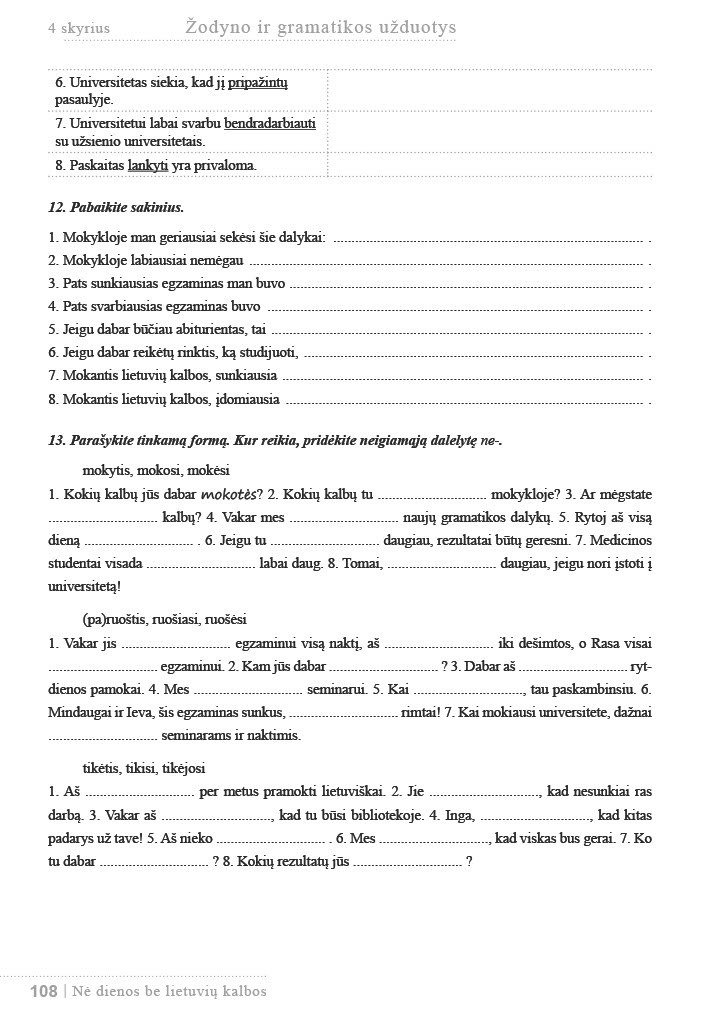
Language: lt